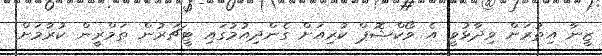
ޒީނާ އިތުރަށް ވިދާޅުވީ އެ ވޯކްޝޮޕް ކުރިއަށް ގެންދިއުމުގައި ޓީޗަރުން ތަމްރީން ކުރުމަށް